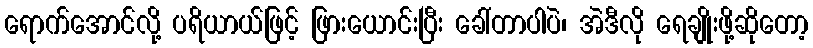
ရောက်အောင်လို့ ပရိယာယ်ဖြင့် ဖြားယောင်းပြီး ခေါ်တာပါပဲ၊ အဲဒီလို ရေချိုးဖို့ဆိုတော့